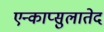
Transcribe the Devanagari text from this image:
एन्काप्सुलातेद